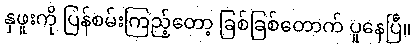
နှဖူးကို ပြန်စမ်းကြည့်တော့ ခြစ်ခြစ်တောက် ပူနေပြီ။